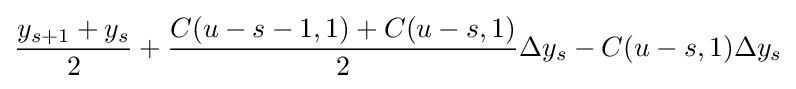
{\frac {y_{s+1}+y_{s}}{2}}+{\frac {C(u-s-1,1)+C(u-s,1)}{2}}\Delta y_{s}-C(u-s,1)\Delta y_{s}